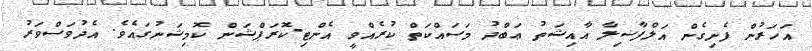
އަހަރުން ފެށިގެން އަލްފާޟިލާ އާއިޝަތު ޢަބްދު މަސައްކަތް ކުރެއްވީ އެންޓި-ކޮރަޕްޝަން ކޮމިޝަނުގައެވެ. އެދުވަސްވަރު